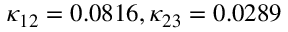
\kappa _ { 1 2 } = 0 . 0 8 1 6 , \kappa _ { 2 3 } = 0 . 0 2 8 9